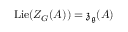
\operatorname { L i e } ( Z _ { G } ( A ) ) = { \mathfrak { z } } _ { \mathfrak { g } } ( A )